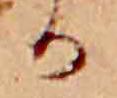
か